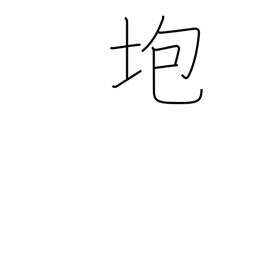
Meaning: collapse